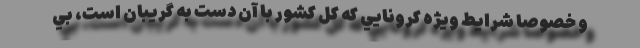
و خصوصا شرايط ويژه كرونايي كه كل كشور با آن دست به گريبان است، بي